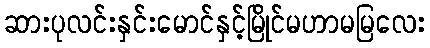
ဆားပုလင်းနှင်းမောင်နှင့်မြိုင်မဟာမမြလေး